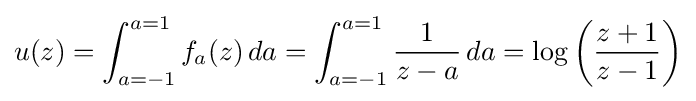
u(z)=\int _{a=-1}^{a=1}f_{a}(z)\,da=\int _{a=-1}^{a=1}{1 \over z-a}\,da=\log \left({z+1 \over z-1}\right)